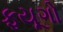
ફયૂગો